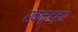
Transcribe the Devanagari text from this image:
खन्डहर